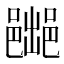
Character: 𲆛